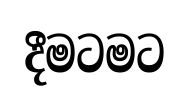
දීමටමට